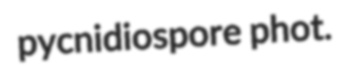
pycnidiospore phot.